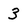
Character: 3